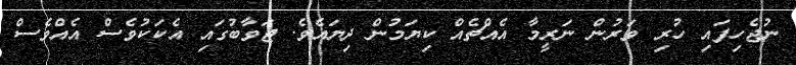
ނުޖެހިފައި ހުރި ވަރުން ނަރީމާ އެއްޗެއް ކިޔަމުން ދިޔައެވެ. ޖަވާބުގައި އެކަކުވެސް އެއްވެސް